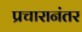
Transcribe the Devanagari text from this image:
प्रचारानंतर